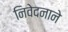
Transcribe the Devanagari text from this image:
निवेदनाने